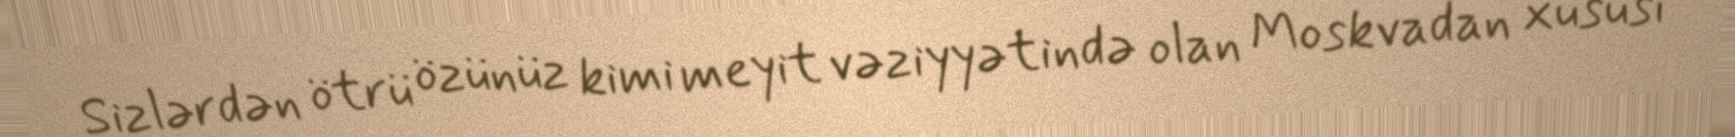
Sizlərdən ötrü özünüz kimi meyit vəziyyətində olan Moskvadan xüsusi